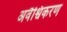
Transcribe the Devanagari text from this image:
अवैश्विकरण